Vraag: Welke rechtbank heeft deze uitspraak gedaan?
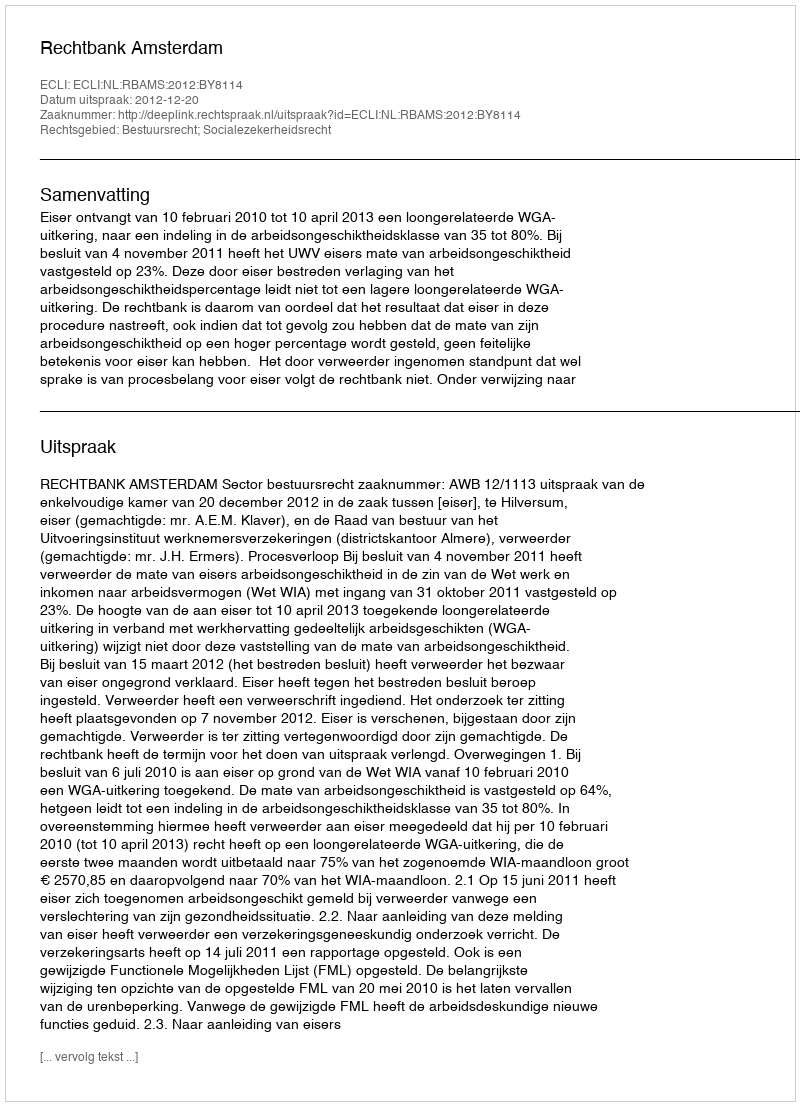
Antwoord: Rechtbank Amsterdam